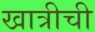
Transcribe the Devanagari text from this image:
खात्रीची